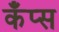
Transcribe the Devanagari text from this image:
कँप्स